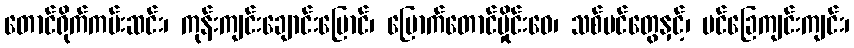
တောင်ရိုက်ကမ်းဆင်း၊ ကုန်းကျင်းချောင်းမြောင်၊ မြောက်တောင်မှိုင်းဝေ၊ သစ်ပင်တွေနှင့်၊ ပင်ခြေကျင်းကျင်း၊